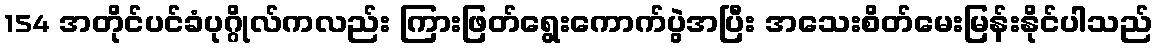
154 အတိုင်ပင်ခံပုဂ္ဂိုလ်ကလည်း ကြားဖြတ်ရွေးကောက်ပွဲအပြီး အသေးစိတ်မေးမြန်းနိုင်ပါသည်